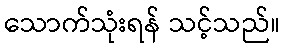
သောက်သုံးရန် သင့်သည်။